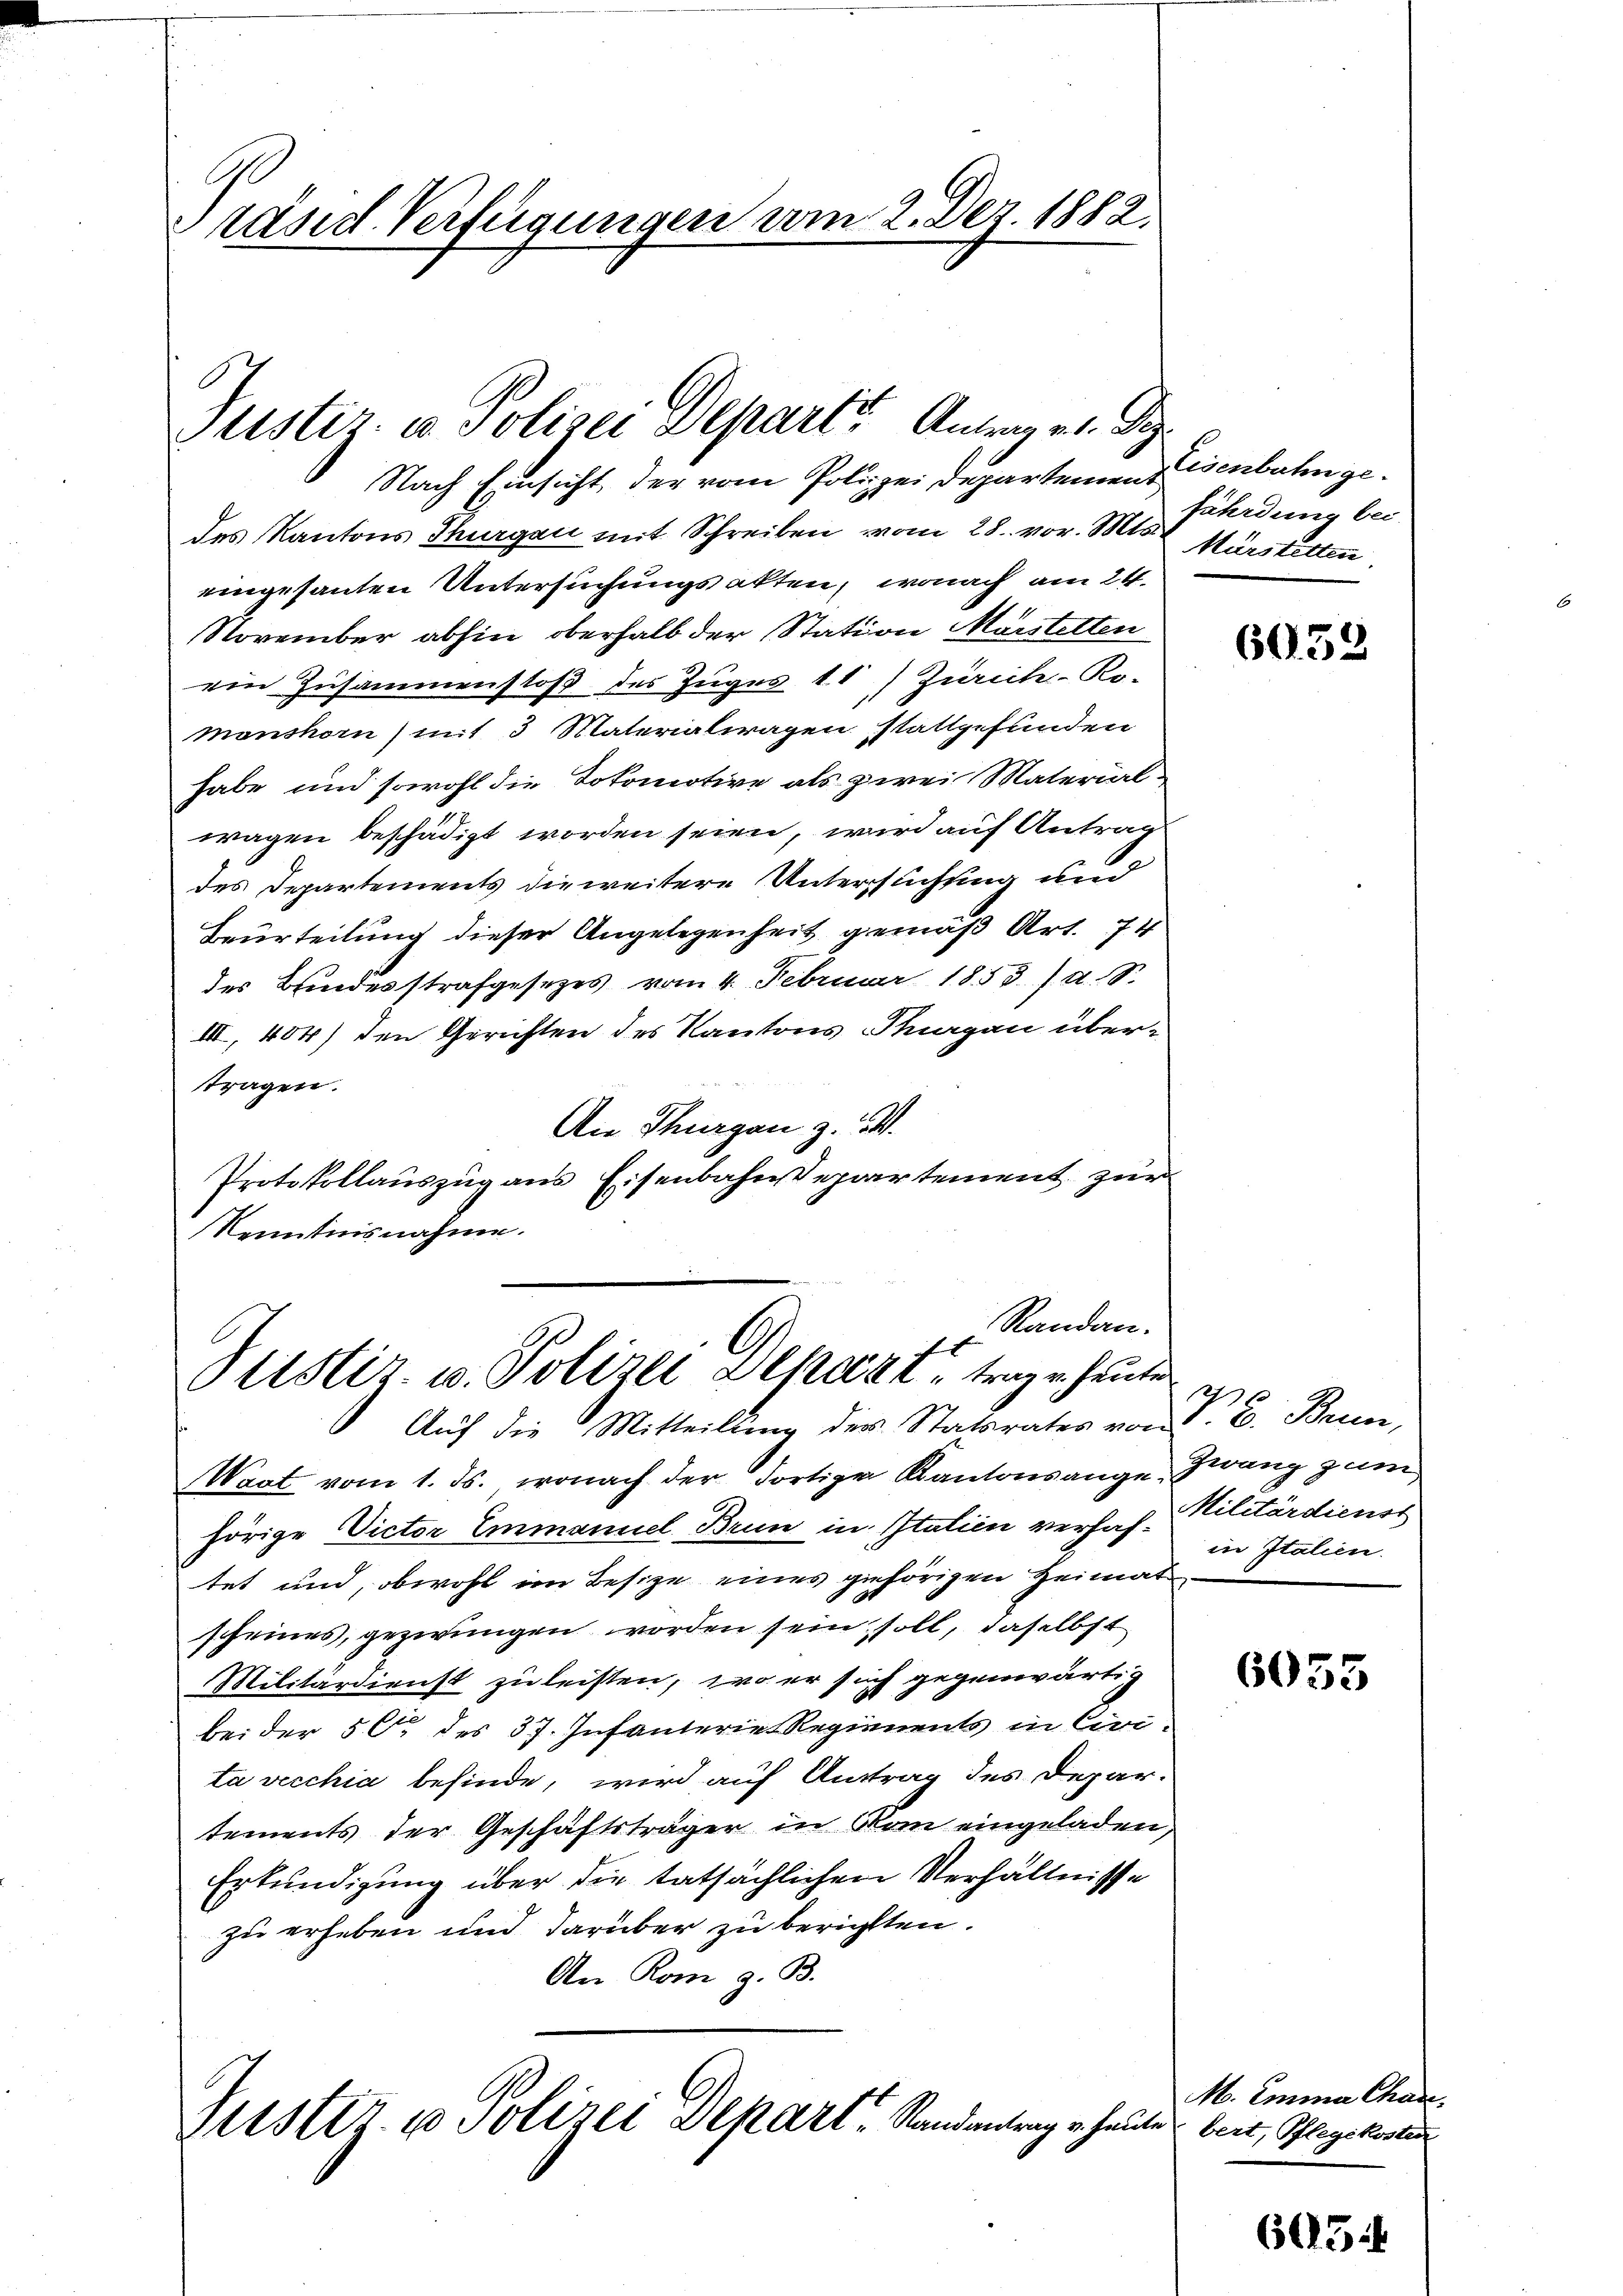
C
räsid. Verfügungen vom 2. Dez. 1882.

Justiz- u Polizei Depart“ Antrag es. S.
Nach Einsicht, der vom Polizei Departemen Eisenbahn ge¬

des Kantons Thurgau mit Schreiben vom 28. vor. Mts. Mürstetten
eingesanten Untersuchungsakten, wonach am 24.
November abhin oberhalb der Station Mörstelten
ein Zusammenstoß des Zuges 11) Zürich-Ro-
monshorn) mit 3 Materialragen stattgefunden
habe und sowohl die Tokomotive als zwei Material-
wagen beschädigt worden seien, wird auf Antrag
des Departements die weitere Untersuchung und
Beurteilung dieser Angelegenheit gemäß Art. 74
des Bundesstrafgesetzes vom 4. Februar 1853.) a. S.
III, 404) den Gerichten des Kantons Thurgau übertragen.
An Thurgau z. B.
Protokollauszug aus Eisenbahndepartement zur
Kenntnisnahme.

Randan-
Pustiz- u. Polizei Depart, trage heute
Auf die Mitteilling der Statsrates von B. Brunn,

Wart vom 1. ds. wonach der dortige Kantonsange-
hörige Victor Einmanuel Brun in Italien verhaftet und, obwohl im Besize eines gehörigen Heimat
scheines, gezwungen worden sein soll, daselbst
Militärdienst zu leisten, wo er sich gegenwärtig
bei der 50 des 37. Infanterie Regienents in Civita vecchia befinde, wird auf Antrag des Depar-
tements der Geschäftsträger in vom eingeladen,
Erkundigung über die tatsächlichen Verhältnisse
zu erheben und darüber zu berichten.
An Rom g. B.
Justiz- u Polizei Depart, Randantrag u. heute beit, Pflegekosten

fährdung bei.

6032

Zwang zum
Militärdienst
in Italien.

6055

M. Emina Chade.

605